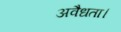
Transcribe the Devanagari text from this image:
अवैधता।